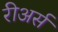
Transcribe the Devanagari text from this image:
रीअर्स